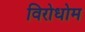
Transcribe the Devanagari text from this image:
विरोधोम